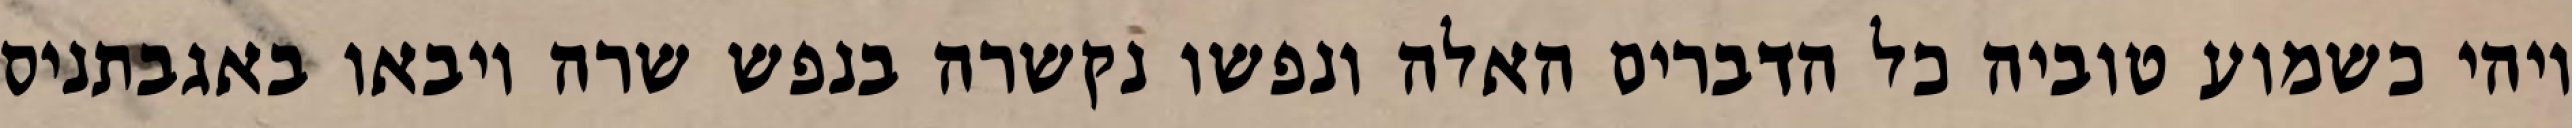
ויהי כשמוע טוביה כל הדברים האלה ונפשו נקשרה בנפש שרה ויבאו באגבתניס